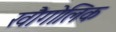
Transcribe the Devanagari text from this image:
खौगोलिक